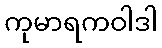
ကုမာရကဝါဒါ